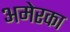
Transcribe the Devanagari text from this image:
अमेरका